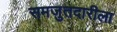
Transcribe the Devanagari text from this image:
समजुतदारीला